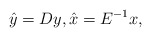
\begin{align*}\hat y = Dy, \hat x = E^{-1}x,\end{align*}